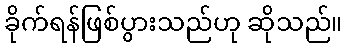
ခိုက်ရန်ဖြစ်ပွားသည်ဟု ဆိုသည်။